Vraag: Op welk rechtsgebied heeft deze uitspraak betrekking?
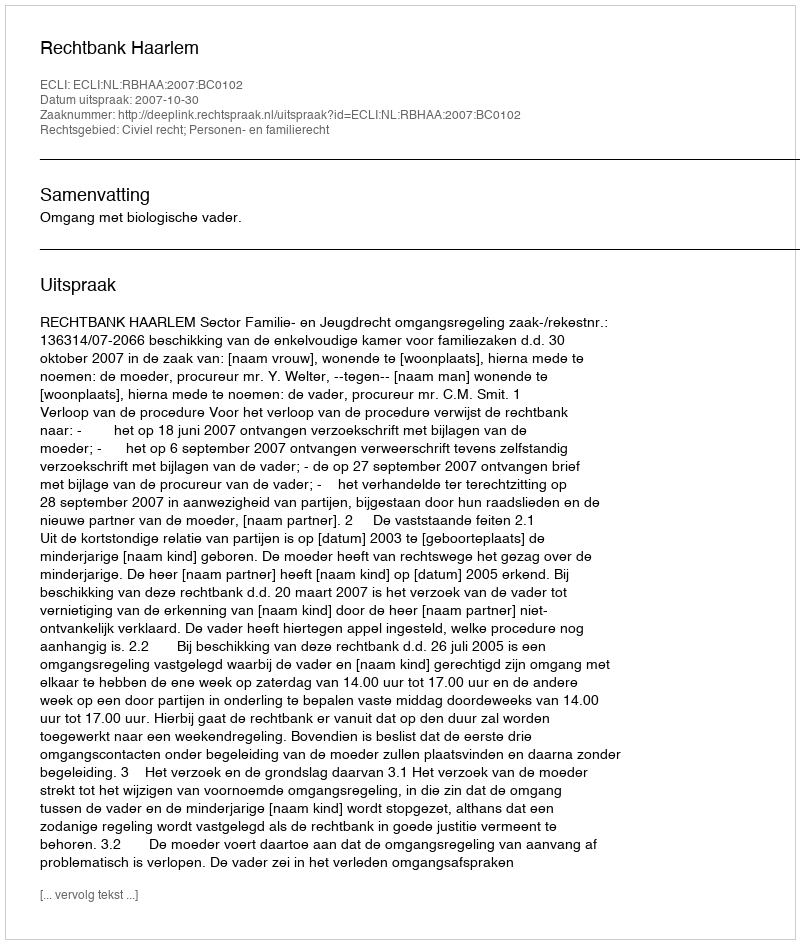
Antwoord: Civiel recht; Personen- en familierecht